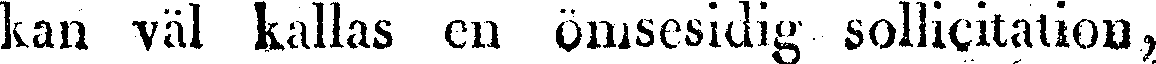
kan väl kallas en ömsesidig sollicitation,